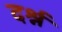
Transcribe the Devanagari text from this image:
दर्श्न